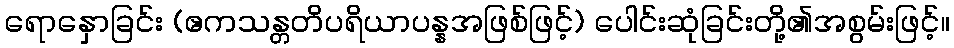
ရောနှောခြင်း (ဧကသန္တတိပရိယာပန္နအဖြစ်ဖြင့်) ပေါင်းဆုံခြင်းတို့၏အစွမ်းဖြင့်။